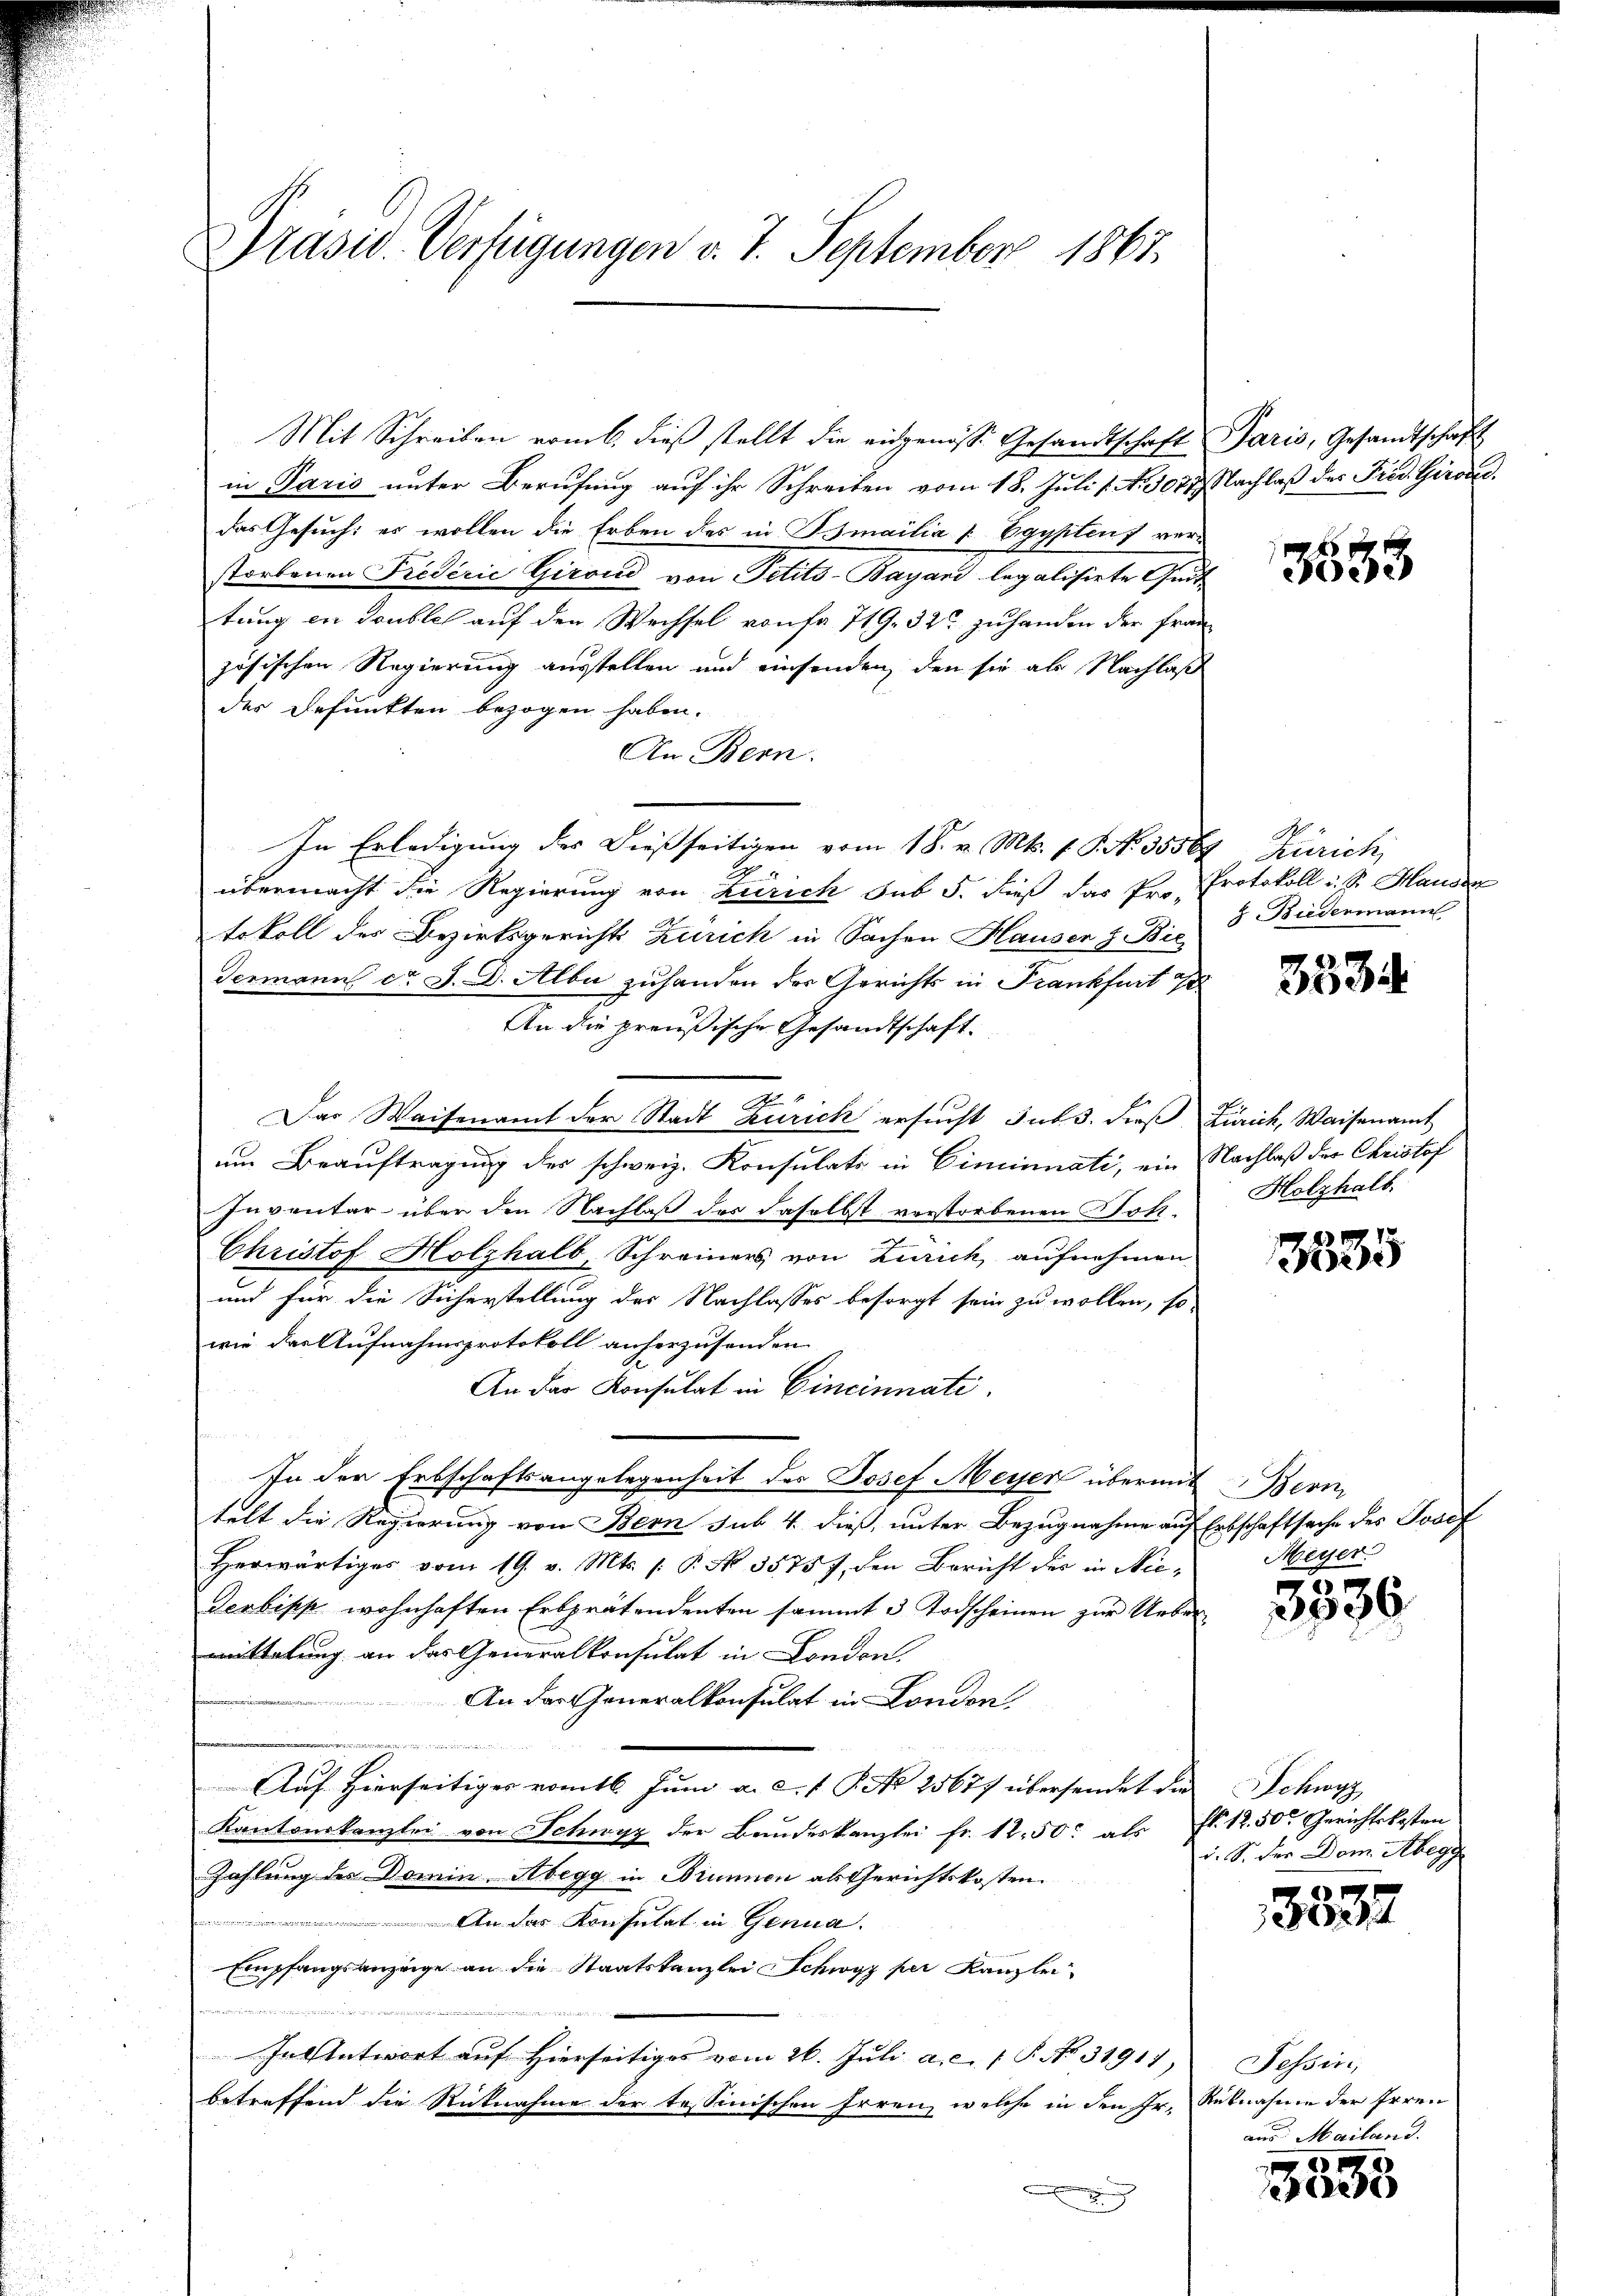
Präsid. Verfügungen v. 7. September 1867.

Mit Schreiben vom 6. dieβ stellt die eidgenosse Gesandtschaft Paris, Gesandtschaft
in Paris unter Berufung auf ihr Schreiben vom 18. Juli s. N. 1077.) Nachlaß des Fried. Gerade
das Gesuch: es wollen die Erben des in Bsmailia & Egyptens verstorbenen Federie Girond von Petits-Bayari legalisirte Quot
tung in doublich auf den Wechsel von fr. 719. 32 zuhanden der Französischen Regierung ausstellen und einsenden, den sie als Nachlaß
des Befunkten bezogen haben.
An Bern.
In Erledigung der dießseitigen vom 18. v. Mts. 1. P. No. 35564 Zürich,
übermacht die Regierung von Zürich sub 5. dieß das Pr. Protokoll i. S. Mander
tokoll der Bezirksgerichts Zürich in Sachen Hausen z. Bie
Germann er J. D. Alba zuhanden der Gerichts in Frankfurt
An die preußische Gesandtschaft.
I
Das Waisenamt der Stadt Zürich ersucht sub 3. dieß Zürich, Waisenamt
um Beauftragung des schweiz. Konsulats in Ciminnati, ein Nachlaß der Christof
Inventar über den Nachlaß der daselbst verstorbenen Dosz¬
Christof Holzhalb, Schreiners von Zürich aufnehmen.
und für die Sicherstellung des Nachlasses besorgt sein zu wollen, so
wie der Aufnahmsprotokoll anherzusenden
An der Konsulat in Cincinnati
In der Erbschaftsangelegenheit des Josef Meyer übermit
telt die Regierung von Bern sub 4. dieß, unter Bezugnahme auf Erbschaftsache des Josef
Herwärtiges vom 19. v. Mts. (: P. No. 35757, den Bericht des in Nie¬
Desbipp wohnhaften Erbprätendenten sammt 3 Todscheinen zŭr Ueber-
mittelung an das Generalkonsulat in London.

An das Generalkonsulat in London,

Auf Hierseitiges vom 16. Juni a. c. 1 P. Nr. 25677 übersendet die Schwyz
Kantonskanzlei von Schwyz der Bundeskanzlei Fr. 12.50. als fl. 12.50 Gerichtskosten
Zahlung des Domin Abegg in Brunnen als Gerichtskosten
 An der Konsulat in Genua
Empfangsanzeige an die Staatskanzlei Schwyz per Kanzlei
n
In Antwort auf hierseitiges vom 26. Juli a.c. P. No. 31911
betreffend die Rücknahme der tessinischen Irren, welche in den ihr. Rübnahme der Errei
e

3653

Biedermann

3534

Holzhalb.

3835

Bern
Meyer.

3536.

d. S. der Dom. Abegg

3332

Tessin,
aus. Mailand.

3533